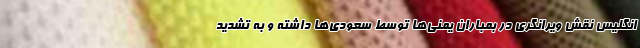
انگلیس نقش ویرانگری در بمباران یمنی‌ها توسط سعودی‌ها داشته و به تشدید